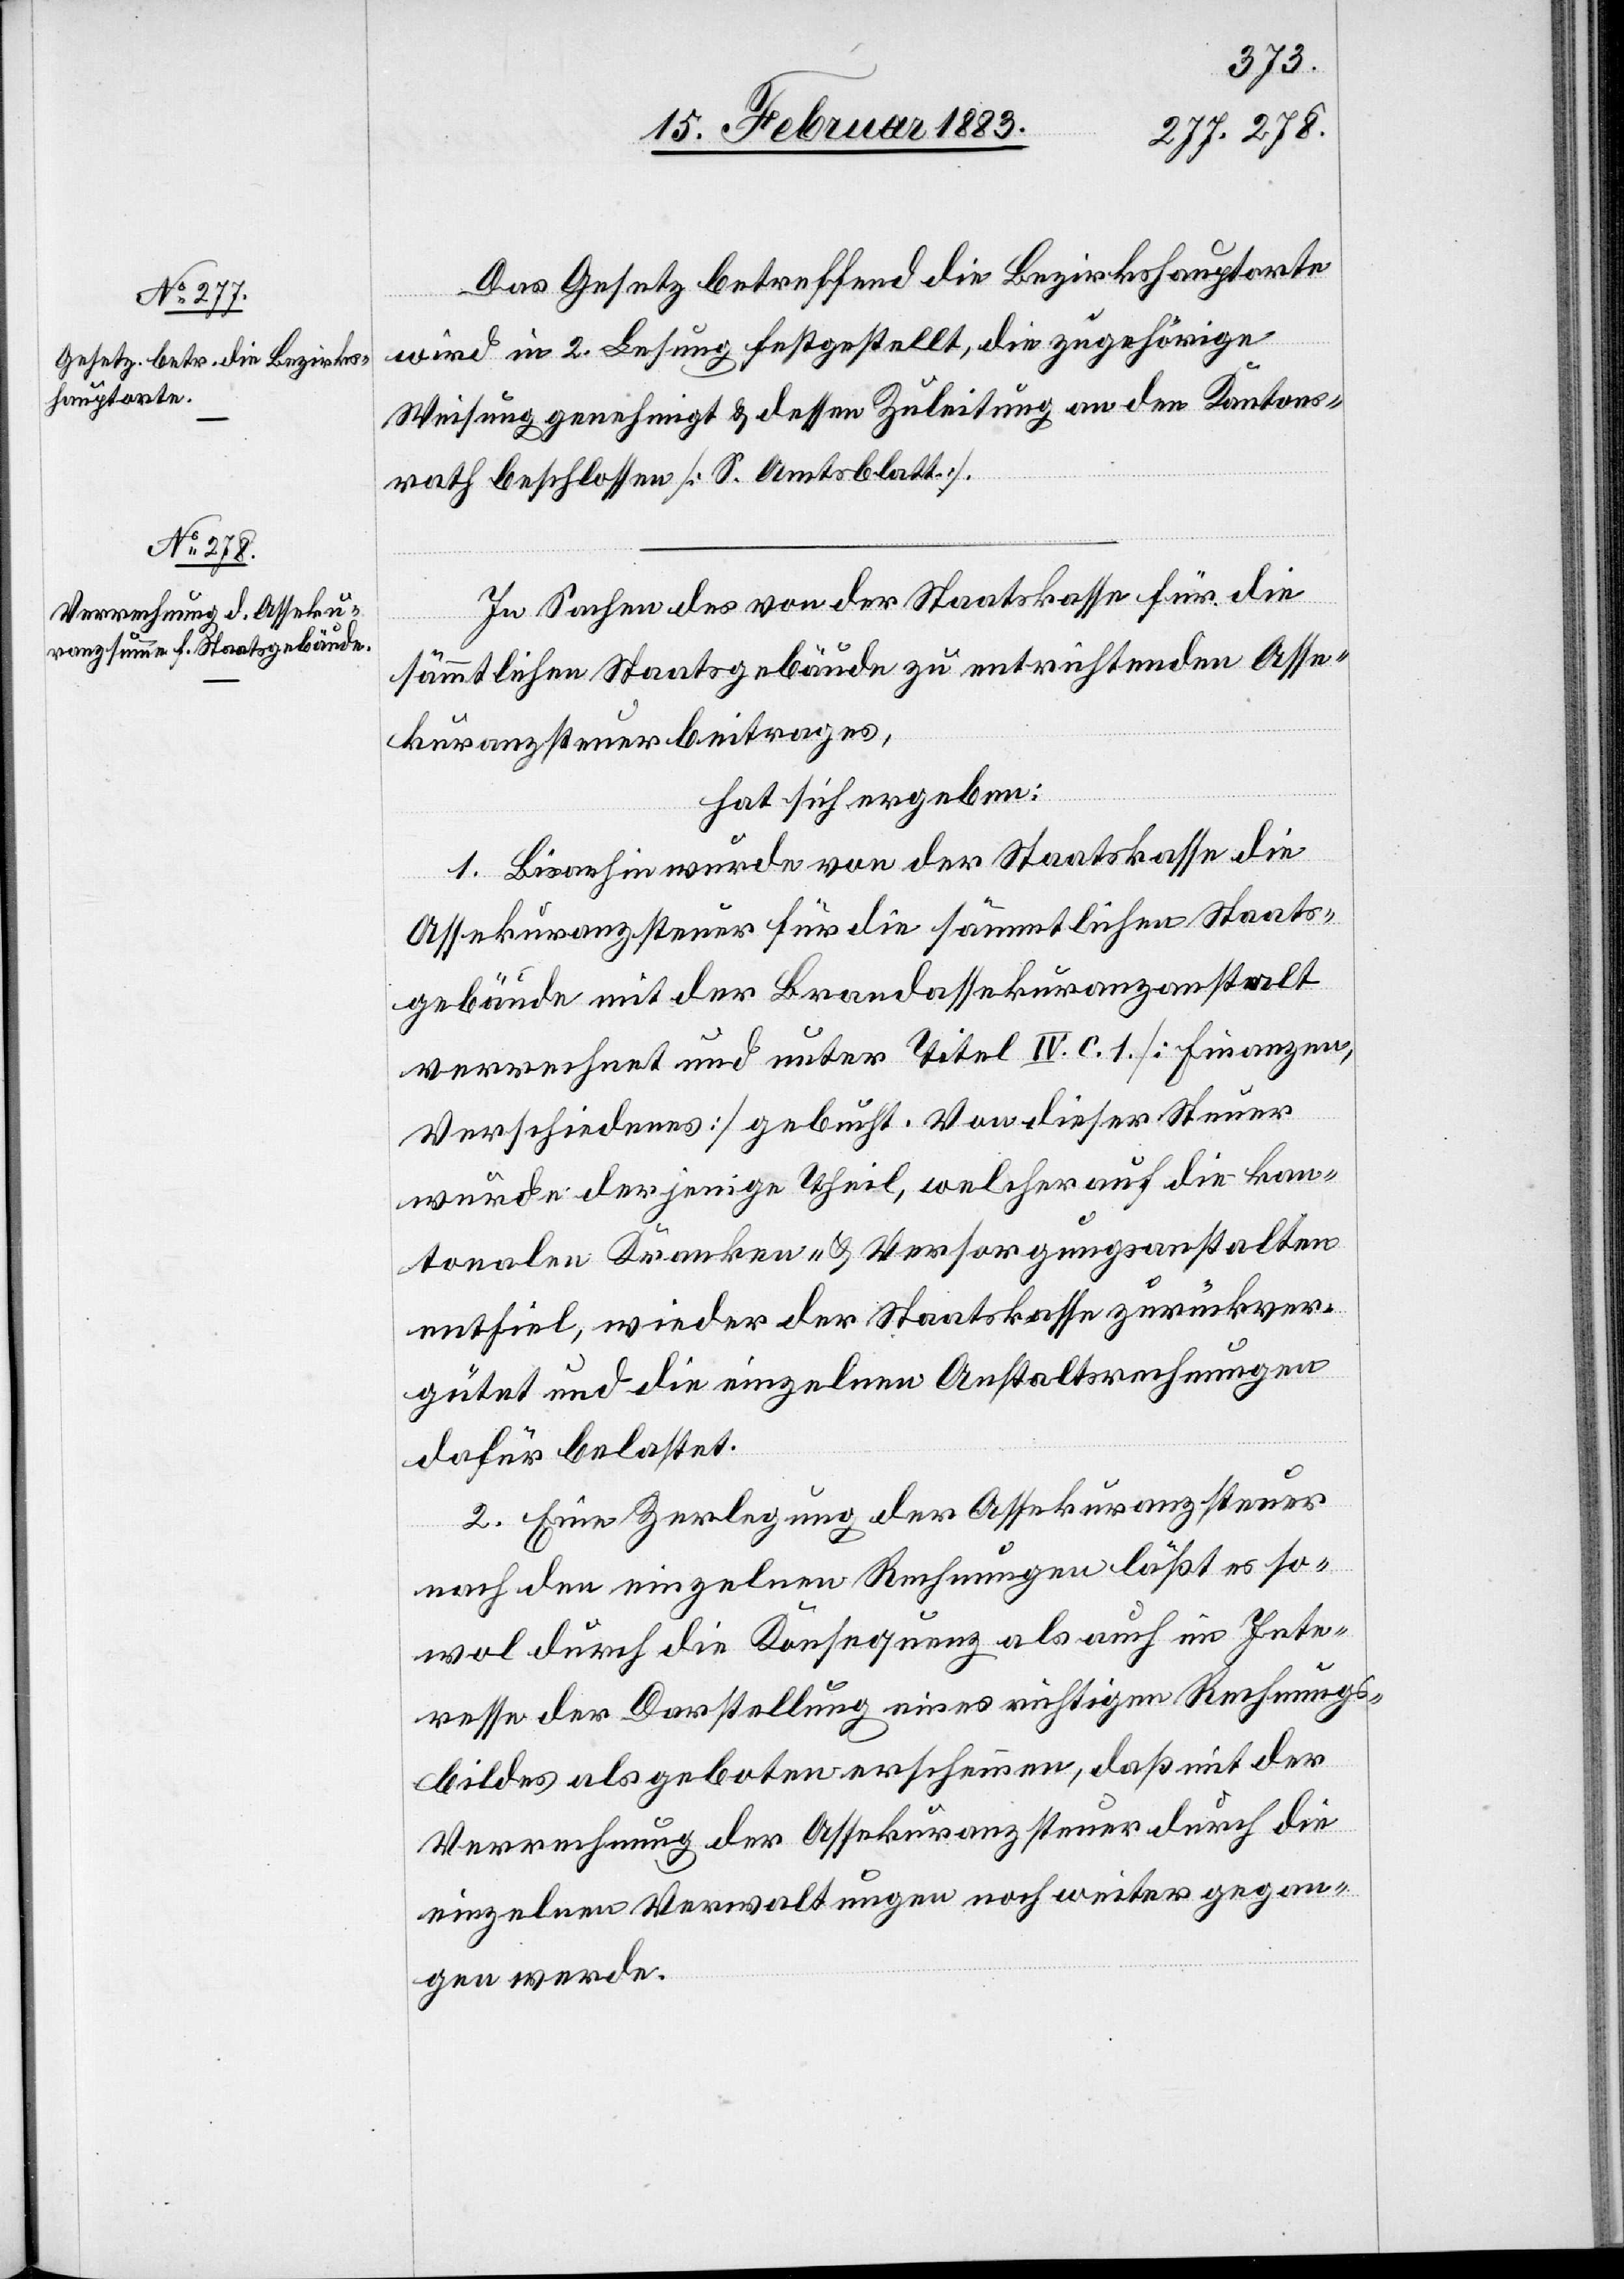
Das Gesetz betreffend die Bezirkshauptorte
wird in 2. Lesung festgestellt, die zugehörige
Weisung genehmigt & dessen Zuleitung an den Kantons¬
rath beschlossen [S. Amtsblatt].
In Sachen des von der Staatskasse für die
sämmtlichen Staatsgebäude zu entrichtenden Asse¬
kuranzsteuerbeitrages,
hat sich ergeben:
1. Bis anhin wurde von der Staatskasse die
Assekuranzsteuer für die sämmtlichen Staats¬
gebäude mit der Brandassekuranzanstalt
verrechnet und unter Titel IV. C. 1. [Finanzen,
Verschiedenes] gebucht. Von dieser Steuer
wurde derjenige Theil, welcher auf die kan¬
tonalen Kranken- & Versorgungsanstalten
entfiel, wieder der Staatskasse zurückver¬
gütet und die einzelnen Anstaltsrechnungen
dafür belastet.
2. Eine Zerlegung der Assekuranzsteuer
nach den einzelnen Rechnungen läßt es so¬
wol durch die Konsequenz als auch im Inte¬
resse der Darstellung eines richtigen Rechnungs¬
bildes als geboten erscheinen, daß mit der
Verrechnung der Assekuranzsteuer durch die
einzelnen Verwaltungen noch weiter gegan¬
gen werde.